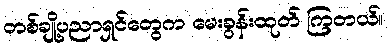
တစ်ချို့ပညာရှင်တွေက မေးခွန်းထုတ် ကြတယ်။